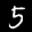
Label: 5